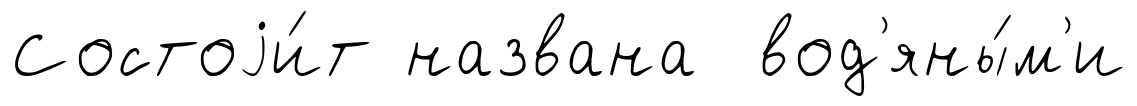
Состоjи́т названа вод'яны́м'и